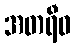
အတရီဓ